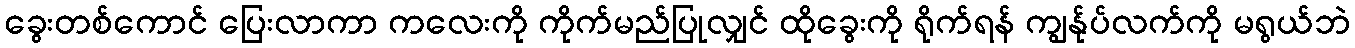
ခွေးတစ်ကောင် ပြေးလာကာ ကလေးကို ကိုက်မည်ပြုလျှင် ထိုခွေးကို ရိုက်ရန် ကျွန်ုပ်လက်ကို မရွယ်ဘဲ